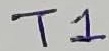
Text: T1